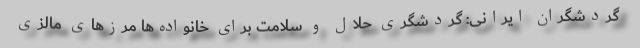
گردشگران ایرانی: گردشگری حلال و سلامت برای خانواده‌ها مرزهای مالزی